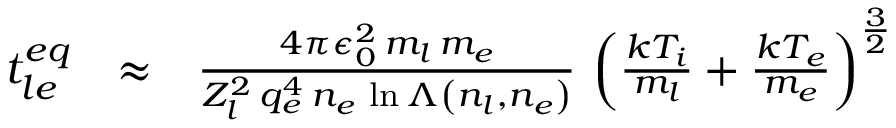
\begin{array} { r l r } { t _ { l e } ^ { e q } } & { \approx } & { \frac { 4 \pi \epsilon _ { 0 } ^ { 2 } \, m _ { l } \, m _ { e } } { Z _ { l } ^ { 2 } \, q _ { e } ^ { 4 } \, n _ { e } \, \ln \Lambda \left( n _ { l } , n _ { e } \right) } \, \left( \frac { k T _ { i } } { m _ { l } } + \frac { k T _ { e } } { m _ { e } } \right) ^ { \frac { 3 } { 2 } } } \end{array}